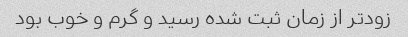
زودتر از زمان ثبت شده رسید و گرم و خوب بود